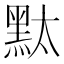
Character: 𪐥